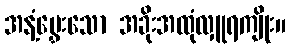
အနံ့မွှေးသော အခိုးအထုံလှူရကျိုး။